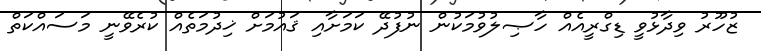
ޒުހޫރު ވިދާޅުވީ ޑިގްރީއެއް ހާޞިލުވުމަކުން ނުފުދޭ ކަމަށާއި ޤައުމަށް ޚިދުމަތެއް ކުރެވޭނީ މަސައްކަތް